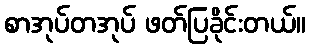
စာအုပ်တအုပ် ဖတ်ပြခိုင်းတယ်။